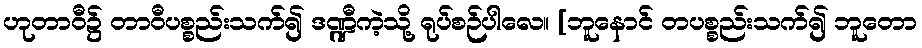
ဟုတာဝီ၌ တာဝီပစ္စည်းသက်၍ ဒဏ္ဍီကဲ့သို့ ရုပ်စဉ်ပါလေ။ [ဘူနောင် တပစ္စည်းသက်၍ ဘူတော